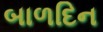
બાળદિન